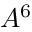
A ^ { 6 }